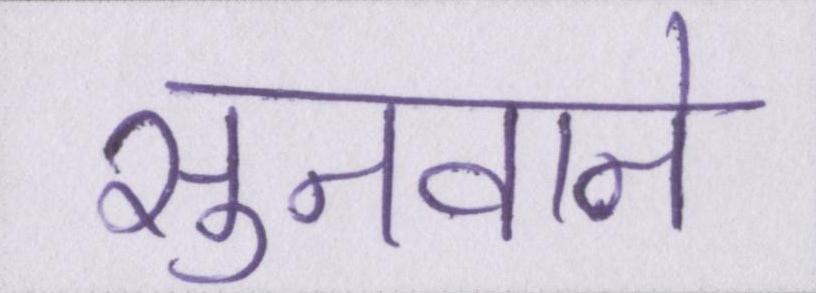
सुनवाने